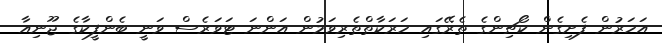
އަހަރުން ފެށިގެން ކޯޗިންގެ ތެރޭގައި ހަރަކާތްތެރިވަމުން އަންނަ ޓަވަރެސް ވަނީ ބެންފީކާގެ ޖޫނިއާ